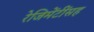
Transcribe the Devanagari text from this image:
रेजिमेंटींसह